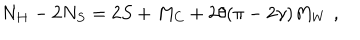
N _ { H } - 2 N _ { S } = 2 S + M _ { C } + 2 \theta ( \pi - 2 \gamma ) M _ { W } \, \, ,